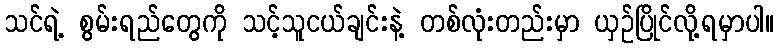
သင်ရဲ့ စွမ်းရည်တွေကို သင့်သူငယ်ချင်းနဲ့ တစ်လုံးတည်းမှာ ယှဉ်ပြိုင်လို့ရမှာပါ။